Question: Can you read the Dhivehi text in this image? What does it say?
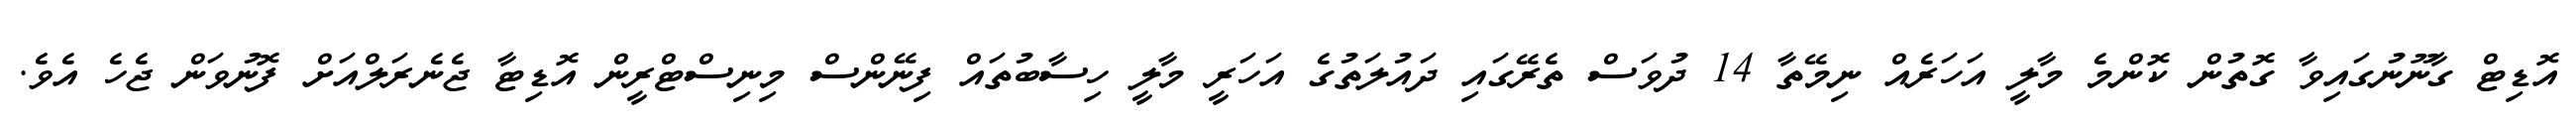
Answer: އޮޑިޓް ގާނޫނުގައިވާ ގޮތުން ކޮންމެ މާލީ އަހަރެއް ނިމޭތާ 14 ދުވަސް ތެރޭގައި ދައުލަތުގެ އަހަރީ މާލީ ހިސާބުތައް ފިނޭންސް މިނިސްޓްރީން އޮޑިޓާ ޖެނެރަލްއަށް ފޮނުވަން ޖެހެ އެވެ.